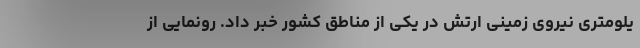
یلومتری نیروی زمینی ارتش در یکی از مناطق کشور خبر داد. رونمایی از